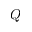
Q